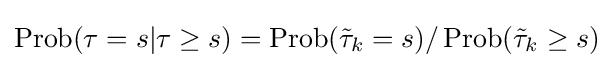
\operatorname {Prob} (\tau =s|\tau \geq s)=\operatorname {Prob} ({\tilde {\tau }}_{k}=s)/\operatorname {Prob} ({\tilde {\tau }}_{k}\geq s)